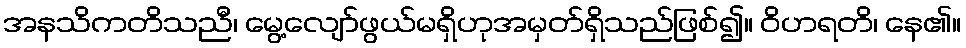
အနသိကတိသညီ၊ မွေ့လျော်ဖွယ်မရှိဟုအမှတ်ရှိသည်ဖြစ်၍။ ဝိဟရတိ၊ နေ၏။